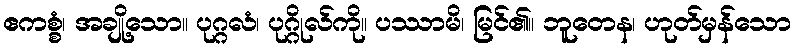
ဧကစ္စံ၊ အချို့သော။ ပုဂ္ဂလံ၊ ပုဂ္ဂိုလ်ကို။ ပဿာမိ၊ မြင်၏။ ဘူတေန၊ ဟုတ်မှန်သော